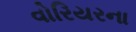
વોરિયરના